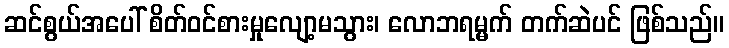
ဆင်စွယ်အပေါ် စိတ်ဝင်စားမှုလျော့မသွား၊ လောဘရမ္မက် တက်ဆဲပင် ဖြစ်သည်။